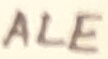
Text: ALE